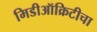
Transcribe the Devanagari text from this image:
मिडीऑक्रिटीचा